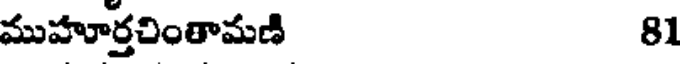
ముహూర్తచింతామణి 81